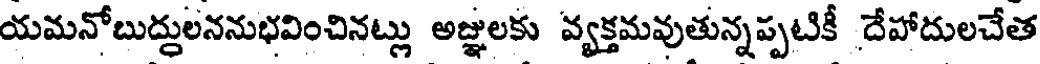
యమనోబుద్దులననుభవించినట్లు అజ్ఞులకు వ్యక్తమవుతున్నప్పటికీ దేహాదులచేత